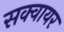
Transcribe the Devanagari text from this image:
सक्वायर